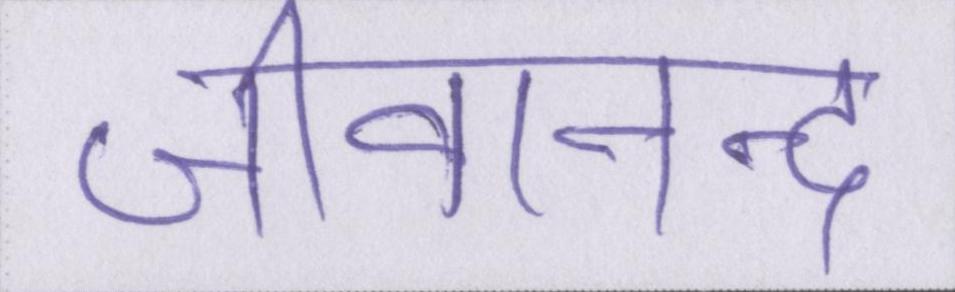
जीवानन्द